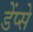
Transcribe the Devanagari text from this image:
डेंप्से